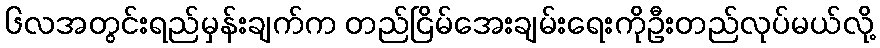
၆လအတွင်းရည်မှန်းချက်က တည်ငြိမ်အေးချမ်းရေးကိုဦးတည်လုပ်မယ်လို့